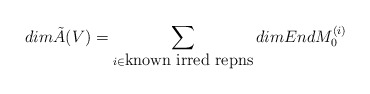
\begin{align*}dim \tilde A(V) = \sum_{i \in \mbox{known irred repns}} dim End M_0^{(i)}\end{align*}